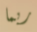
ربما